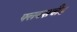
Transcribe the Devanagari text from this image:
फ्लक्सवीड